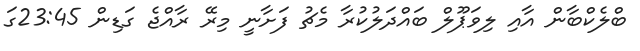
ބްލެކްބާން އާއި ލިވަޕޫލް ބައްދަލުކުރާ މެޗު ފަށާނީ މިރޭ ރާއްޖެ ގަޑިން 23:45ގަ